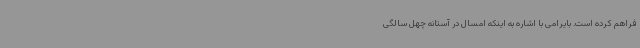
فراهم کرده است. بایرامی با اشاره به اینکه امسال در آستانه چهل سالگی